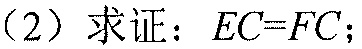
（2）求证：\(EC = FC\)；